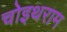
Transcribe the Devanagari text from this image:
चोइथराम